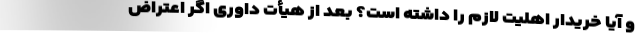
و آیا خریدار اهلیت لازم را داشته است؟ بعد از هیأت داوری اگر اعتراض